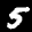
Label: 5